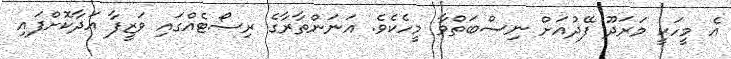
އެ މީހަކީ މަރަދޫ ފޭދުއަށް ނިސްބަތްވާ މީހެކެވެ. އަނަންތާރާގެ ރިސޯޓެއްގައި ވަޒީފާ އަދާކޮށްފައި